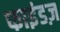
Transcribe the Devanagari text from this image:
फाइंडज़